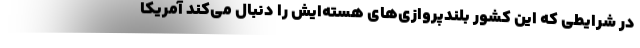
در شرایطی که این کشور بلندپروازی‌های هسته‌ایش را دنبال می‌کند آمریکا